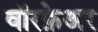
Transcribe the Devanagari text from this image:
वॉरफ़ेअर